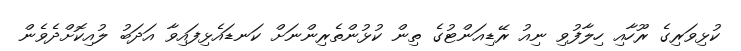
ކުޅިވަރިގެ ރޫހާއި ހިލާފުވި ނިއު ރޭޑިއަންޓުގެ ތިން ކުޅުންތެރިންނަށް ކަނޑައެޅިފައިވާ އަދަބު ލުއިކޮށްދެވެން